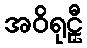
အဝိရုဠှီ